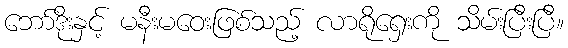
ဘော်ဒိုးနှင့် မနီးမဝေးဖြစ်သည့် လာရိုရှေးကို သိမ်းပြီးပြီ။